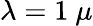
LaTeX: \lambda=1~\mu